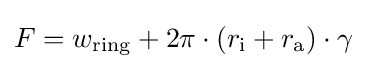
F=w_{\text{ring}}+2\pi \cdot (r_{\text{i}}+r_{\text{a}})\cdot \gamma